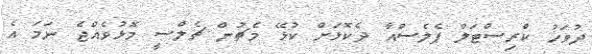
ދުވަހު ކްރިސްޓަލް ޕެލެސްއާ ދެކޮޅަށް ކުޅޭ މެޗުން ޗެލްސީ މޮޅުވެއްޖެ ނަމަ އެ